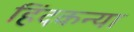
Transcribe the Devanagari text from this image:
हिंदकन्या